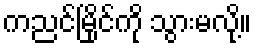
ကညင်မြိုင်ကို သွားမလို့။